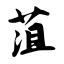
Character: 菹